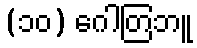
(၁၀) ဂေါတြဘူ